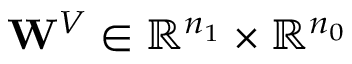
\mathbf { W } ^ { V } \in \mathbb { R } ^ { n _ { 1 } } \times \mathbb { R } ^ { n _ { 0 } }